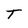
Character: T